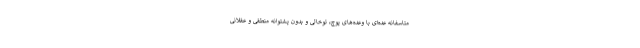
متاسفانه عده‌ای با وعده‌های پوچ، توخالی و بدون پشتوانه منطقی و عقلانی